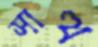
সাত্থ